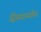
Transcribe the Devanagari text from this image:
द्विसदस्यीय